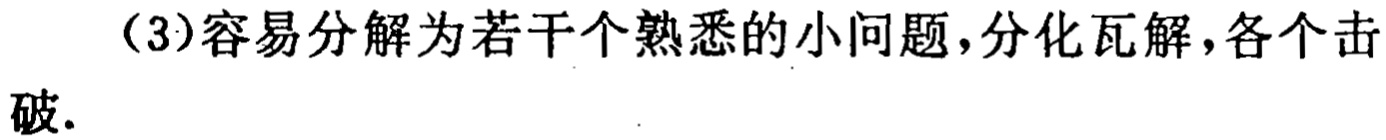
（3）容易分解为若干个熟悉的小问题，分化瓦解，各个击破.